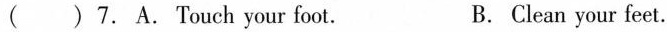
( ) 7. A.Touch your foot. B. Clean your feet.